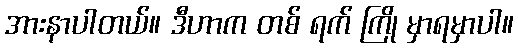
အားနာပါတယ်။ ဒီဟာက တစ် ရက် ကြို မှာရမှာပါ။